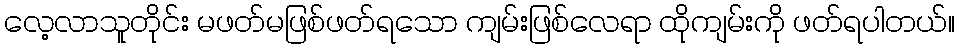
လေ့လာသူတိုင်း မဖတ်မဖြစ်ဖတ်ရသော ကျမ်းဖြစ်လေရာ ထိုကျမ်းကို ဖတ်ရပါတယ်။